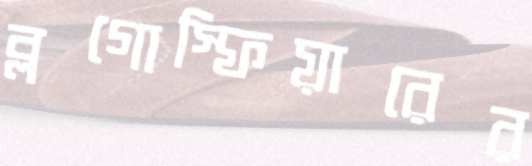
ব্লগোস্ফিয়ারের